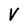
Character: V